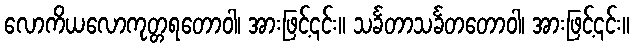
လောကိယလောကုတ္တရတောဝါ၊ အားဖြင့်၎င်း။ သင်္ခတာသင်္ခတတောဝါ၊ အားဖြင့်၎င်း။